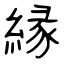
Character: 縁